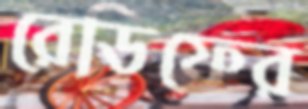
রেডিফের